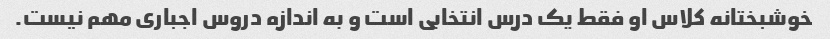
خوشبختانه کلاس او فقط یک درس انتخابی است و به اندازه دروس اجباری مهم نیست.